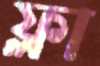
ফ্লা